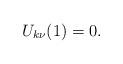
LaTeX: \begin{align*}U_{k\nu}(1)=0.\end{align*}